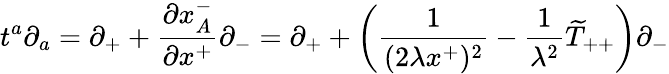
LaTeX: t^{a}\partial_{a}=\partial_{+}+\frac{\partial x_{A}^{-}}{\partial x^{+}}\partial_{-}=\partial_{+}+\left(\frac{1}{(2\lambda x^{+})^{2}}-{\frac{1}{\lambda^{2}}}\widetilde{T}_{++}\right)\partial_{-}